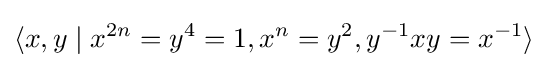
\langle x,y\mid x^{2n}=y^{4}=1,x^{n}=y^{2},y^{-1}xy=x^{-1}\rangle